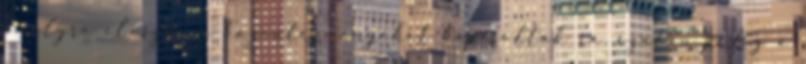
amelyre elôször a közintézményeket kapcsolták rá, ezután pedig a